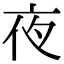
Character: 夜